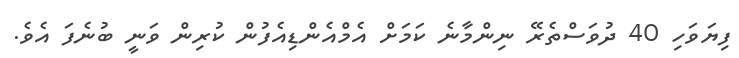
ފިޔަވަހި 40 ދުވަސްތެރޭ ނިންމާނެ ކަމަށް އެމްއެންޑިއެފުން ކުރިން ވަނީ ބުނެފަ އެވެ.